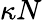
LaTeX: \kappa N